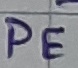
Text: PE